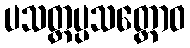
ပသတ္ထပ္ပသတ္ထောဝ